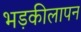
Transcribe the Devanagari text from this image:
भड़कीलापन